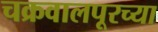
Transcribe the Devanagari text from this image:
चक्रवालपूरच्या